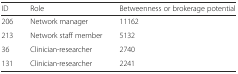
<table><thead><tr><td><b>ID</b></td><td><b>Role</b></td><td><b>Betweenness or brokerage potential</b></td></tr></thead><tbody><tr><td>206</td><td>Network manager</td><td>11162</td></tr><tr><td>213</td><td>Network staff member</td><td>5132</td></tr><tr><td>36</td><td>Clinician-researcher</td><td>2740</td></tr><tr><td>131</td><td>Clinician-researcher</td><td>2241</td></tr></tbody></table>